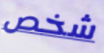
شخص